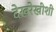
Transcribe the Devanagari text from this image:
देखरेखीशी